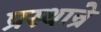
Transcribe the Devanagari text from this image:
प्रस्थान्रे